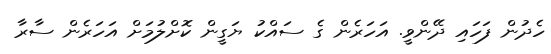
ހެދުން ފަހައި ދޭންވީ. އަހަރެން ގެ ސައްކު ޔަގީން ކޮށްލުމަށް އަހަރެން ސާރާ